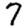
Digit: 7